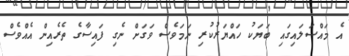
އެ މައްސަލައިގައި ބަޔަކު ހައްޔަރުކުރި ނަމަވެސް ވަގަށް ނެގި ފައިސާގެ ތެރެއިން އެއްވެސް